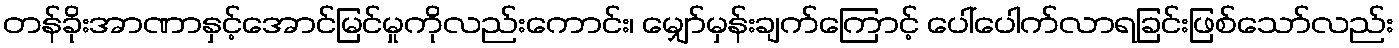
တန်ခိုးအာဏာနှင့်အောင်မြင်မှုကိုလည်းကောင်း၊ မျှော်မှန်းချက်ကြောင့် ပေါ်ပေါက်လာရခြင်းဖြစ်သော်လည်း